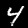
Digit: 4